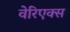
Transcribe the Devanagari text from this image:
वेरिएक्स